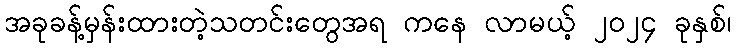
အခုခန့်မှန်းထားတဲ့သတင်းတွေအရ ကနေ လာမယ့် ၂၀၂၄ ခုနှစ်၊